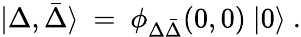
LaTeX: \vert\Delta,\bar{\Delta}\rangle\ =\ \phi_{\Delta\bar{\Delta}}(0,0)\ \vert 0\rangle\ .